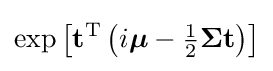
\exp \left[\mathbf {t} ^{\mathrm {T} }\left(i{\boldsymbol {\mu }}-{\tfrac {1}{2}}{\boldsymbol {\Sigma }}\mathbf {t} \right)\right]